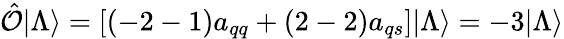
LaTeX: \hat{\cal O}|\Lambda\rangle=\left[(-2-1)a_{qq}+(2-2)a_{qs}\right]|\Lambda\rangle=-3|\Lambda\rangle